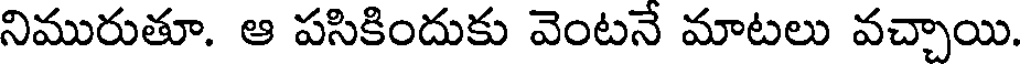
నిమురుతూ. ఆ పసికిందుకు వెంటనే మాటలు వచ్చాయి.